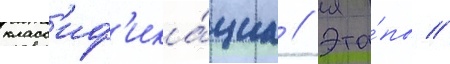
класс'иф'ика́циа // Эта́пы //